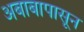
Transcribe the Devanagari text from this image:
अबाबापासून